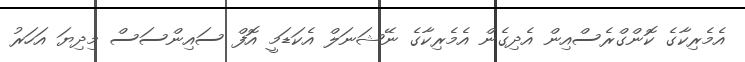
އެމެރިކާގެ ކޮންގްރެސްއިން އެދިގެން އެމެރިކާގެ ނޭޝަނަލް އެކަޑަމީ އޮފް ސައިންސަސް މިދިޔަ އަހަރު